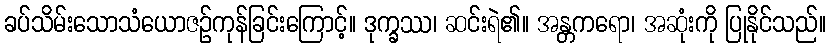
ခပ်သိမ်းသောသံယောဇဉ်ကုန်ခြင်းကြောင့်။ ဒုက္ခဿ၊ ဆင်းရဲ၏။ အန္တကရော၊ အဆုံးကို ပြုနိုင်သည်။